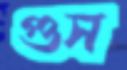
গুস